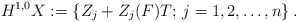
\begin{align*}H^{1,0}{X}:=\left\{Z_j+Z_j(F)T;\, j=1,2,\ldots,n\right\}.\end{align*}